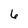
Character: 6